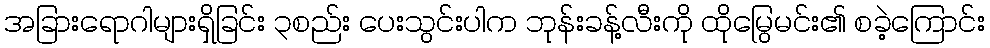
အခြားရောဂါများရှိခြင်း ၃စည်း ပေးသွင်းပါက ဘုန်းခန့်လီးကို ထိုမြွေမင်း၏ စခဲ့ကြောင်း